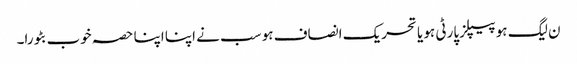
ن لیگ ہو پیپلز پارٹی ہو یا تحریک انصاف ہو سب نے اپنا اپنا حصہ خوب بٹورا۔